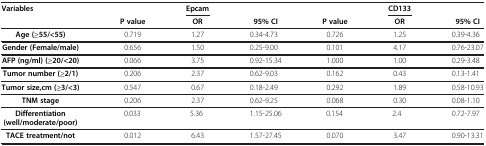
<table><thead><tr><td><b>Variables</b></td><td><b> </b></td><td><b>Epcam</b></td><td><b> </b></td><td><b> </b></td><td><b>CD133</b></td><td><b> </b></td></tr><tr><td><b> </b></td><td><b>P value</b></td><td><b>OR</b></td><td><b>95% CI</b></td><td><b>P value</b></td><td><b>OR</b></td><td><b>95% CI</b></td></tr></thead><tbody><tr><td><b>Age (≥55/&lt;55)</b></td><td>0.719</td><td>1.27</td><td>0.34-4.73</td><td>0.726</td><td>1.25</td><td>0.39-4.36</td></tr><tr><td><b>Gender (Female/male)</b></td><td>0.656</td><td>1.50</td><td>0.25-9.00</td><td>0.101</td><td>4.17</td><td>0.76-23.07</td></tr><tr><td><b>AFP (ng/ml) (≥20/&lt;20)</b></td><td>0.066</td><td>3.75</td><td>0.92-15.34</td><td>1.000</td><td>1.00</td><td>0.29-3.48</td></tr><tr><td><b>Tumor number (≥2/1)</b></td><td>0.206</td><td>2.37</td><td>0.62-9.03</td><td>0.162</td><td>0.43</td><td>0.13-1.41</td></tr><tr><td><b>Tumor size,cm (≥3/&lt;3)</b></td><td>0.547</td><td>0.67</td><td>0.18-2.49</td><td>0.292</td><td>1.89</td><td>0.58-10.93</td></tr><tr><td><b>TNM stage</b></td><td>0.206</td><td>2.37</td><td>0.62-9.25</td><td>0.068</td><td>0.30</td><td>0.08-1.10</td></tr><tr><td><b>Differentiation</b></td><td>0.033</td><td>5.36</td><td>1.15-25.06</td><td>0.154</td><td>2.4</td><td>0.72-7.97</td></tr><tr><td><b>(well/moderate/poor)</b></td><td> </td><td> </td><td> </td><td> </td><td> </td><td> </td></tr><tr><td><b>TACE treatment/not</b></td><td>0.012</td><td>6.43</td><td>1.57-27.45</td><td>0.070</td><td>3.47</td><td>0.90-13.31</td></tr></tbody></table>